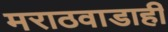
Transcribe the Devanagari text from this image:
मराठवाडाही